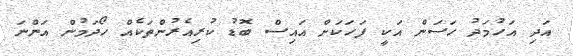
އަދި އަހުމަދު ހަސަން އަކީ ފަހަކަށް އައިސް ބޮޑު ކުރިއެރުންތަކެއް ހޯދަމުން އަންނަ